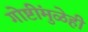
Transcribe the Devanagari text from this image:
गोष्टींमुळेही